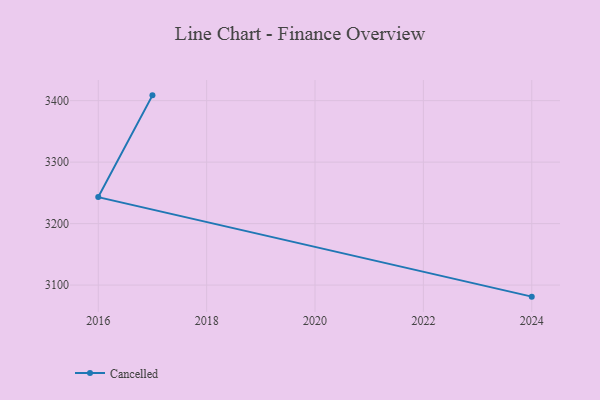
{"axis": {"x": "Year", "y": "Active Users"}, "legend": ["Cancelled"], "data": [{"x": "2017", "y": 3408.6, "type": "Cancelled"}, {"x": "2016", "y": 3243.1, "type": "Cancelled"}, {"x": "2024", "y": 3081.2, "type": "Cancelled"}]}